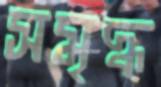
সমৃদ্ধ